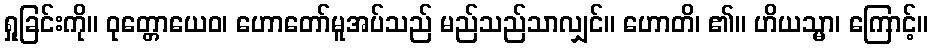
ရှုခြင်းကို။ ဝုတ္တောယေဝ၊ ဟောတော်မူအပ်သည် မည်သည်သာလျှင်။ ဟောတိ၊ ၏။ ဟိယသ္မာ၊ ကြောင့်။